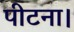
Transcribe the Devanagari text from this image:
पीटना।